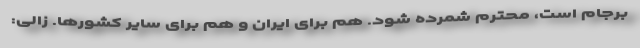
برجام است، محترم شمرده شود. هم برای ایران و هم برای سایر کشورها. زالی: